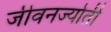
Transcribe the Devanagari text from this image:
जीवनज्योती